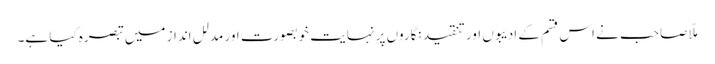
ملّا صاحب نے اس قسم کے ادیبوں اور تنقید نگاروں پر نہایت خوبصورت اور مدلل انداز میں تبصرہ کیا ہے۔